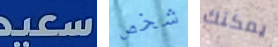
سعيد شخص يمكنك